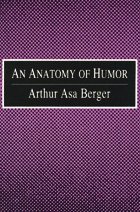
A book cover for An Anatomy of Humor; Arthur Asa Berger; Humor & Entertainment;